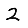
Digit: 2